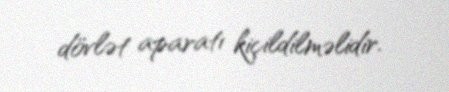
dövlət aparatı kiçildilməlidir.